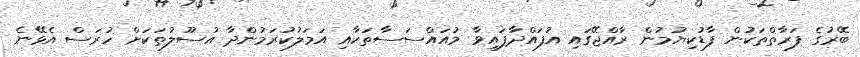
ބޭރުގެ ފަރާތްތަކުން ފާޑުކިޔުމުން ރާއްޖޭގައި އުފައްދާފައިވާ މުއައްސަސާތަކާއި އަމަލުކުރަމުންދާ އުސޫލުތަކަށް ހުރަސް އެޅޭނެ